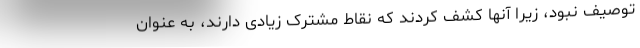
توصیف نبود، زیرا آنها کشف کردند که نقاط مشترک زیادی دارند، به عنوان